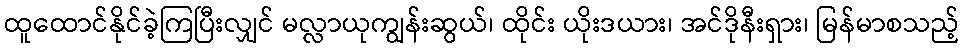
ထူထောင်နိုင်ခဲ့ကြပြီးလျှင် မလ္လာယုကျွန်းဆွယ်၊ ထိုင်း ယိုးဒယား၊ အင်ဒိုနီးရှား၊ မြန်မာစသည့်